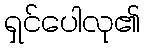
ရှင်ပေါလု၏